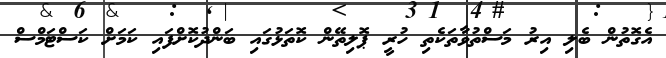
އެގޮތުން ބެލި އިރު މަސްތުވާތަކެތި ހުރީ ޕޮލިތޭން ކޮތަޅުގައި ބަންދުކޮށްފައި ކަމަށް ކަސްޓަމްސް